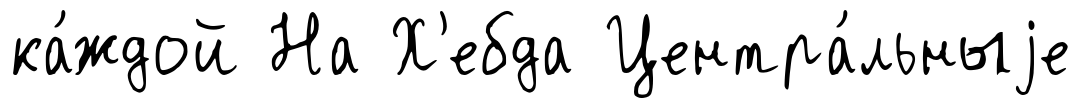
ка́ждой На Х'ебда Центра́льныjе